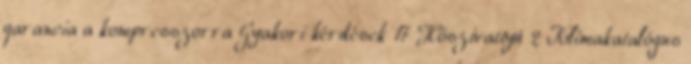
garancia a kompresszorra Gyakori kérdések 17 Hőszivattyú 2 Klímakatalógus